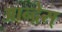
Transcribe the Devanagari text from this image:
आन्द्रेस्